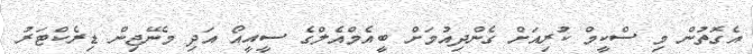
އެގޮތުން މި ސްކީމް ކުރިއަށް ގެންދިއުމަށް ބީއެމްއެލްގެ ސީއީއޯ އަދި މެނޭޖިން ޑިރެކްޓަރު